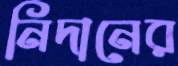
নিদানের